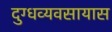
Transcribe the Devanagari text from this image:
दुग्धव्यवसायास